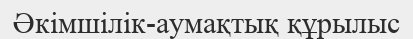
Әкімшілік-аумақтық құрылыс